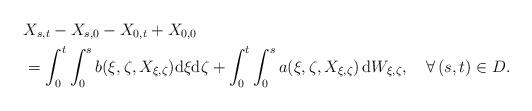
LaTeX: \begin{align*}&X_{s,t}-X_{s,0}-X_{0,t}+X_{0,0}\\&=\int_0^t\int_0^sb(\xi,\zeta,X_{\xi,\zeta})\mathrm{d}\xi\mathrm{d}\zeta+\int_0^t\int_0^sa(\xi,\zeta,X_{\xi,\zeta})\,\mathrm{d}W_{\xi,\zeta},\quad\forall\,(s,t)\in D.\end{align*}